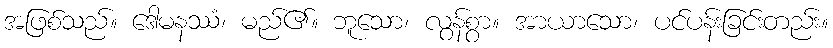
အဖြစ်သည်။ ဒေါမနဿံ၊ မည်၏။ ဘူသော၊ လွန်စွာ။ အာယာသော၊ ပင်ပန်းခြင်းတည်း။